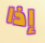
إذا